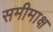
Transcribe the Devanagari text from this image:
समीमाक्ष